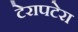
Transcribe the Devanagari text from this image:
टेरापटेरा